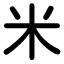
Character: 米